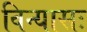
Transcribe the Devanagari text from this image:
विन्यासः